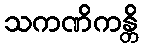
သကဏိကန္တိ